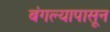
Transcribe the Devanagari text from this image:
बंगल्यापासून